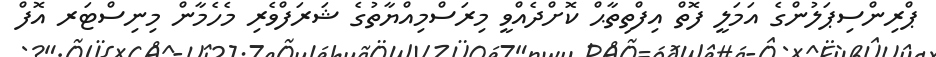
ޕްރިންސިޕަލުންގެ އަމަލީ ފޮތް އިފްތިތާޙް ކޮށްދެއްވީ މިރަސްމިއްޔާތުގެ ޝަރަފްވެރި މެހެމާން މިނިސްޓަރ އޮފް